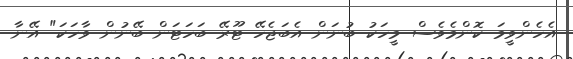
އެހެންވީމަ ކޮންމެވެސް މީހަކު ބުނަން އެބަޖެހޭ ޓޫރޭ ބަހަޓަން ބޭނުން ވާހަކަ" އޭނާ